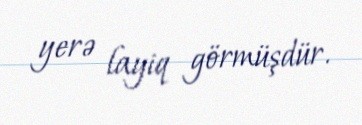
yerə layiq görmüşdür.